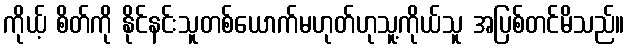
ကိုယ့် စိတ်ကို နိုင်နင်းသူတစ်ယောက်မဟုတ်ဟုသူ့ကိုယ်သူ အပြစ်တင်မိသည်။